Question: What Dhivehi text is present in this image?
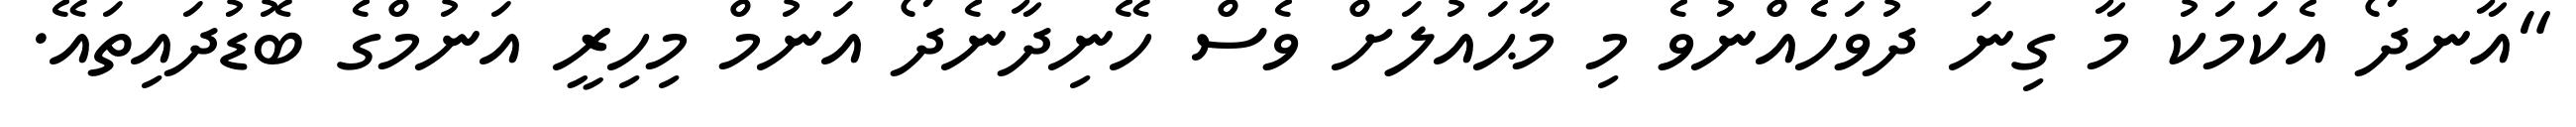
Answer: "އާނދޯ އެކަމަކު މާ ގިނަ ދުވަހެއްނުވެ މި މާޙައުލަށް ވެސް ހޭނިދާނެދޯ އަނުމް މިހިރީ އަނުމްގެ ބޮޑުދައިތައޭ.